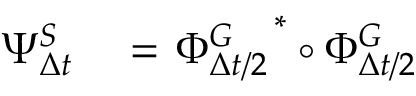
\begin{array} { r l } { \Psi _ { \Delta { t } } ^ { S } } & { { } = \left. \Phi _ { \Delta { t } / 2 } ^ { G } \right. ^ { \ast } \circ \Phi _ { \Delta { t } / 2 } ^ { G } } \end{array}